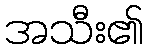
အသီး၏